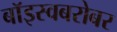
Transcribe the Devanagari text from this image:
बॉइस्वबरोबर